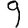
Digit: 9